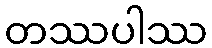
တဿပါဿ